Eesti_Ajutise_Valitsuse_Peavolinikud, lk 9
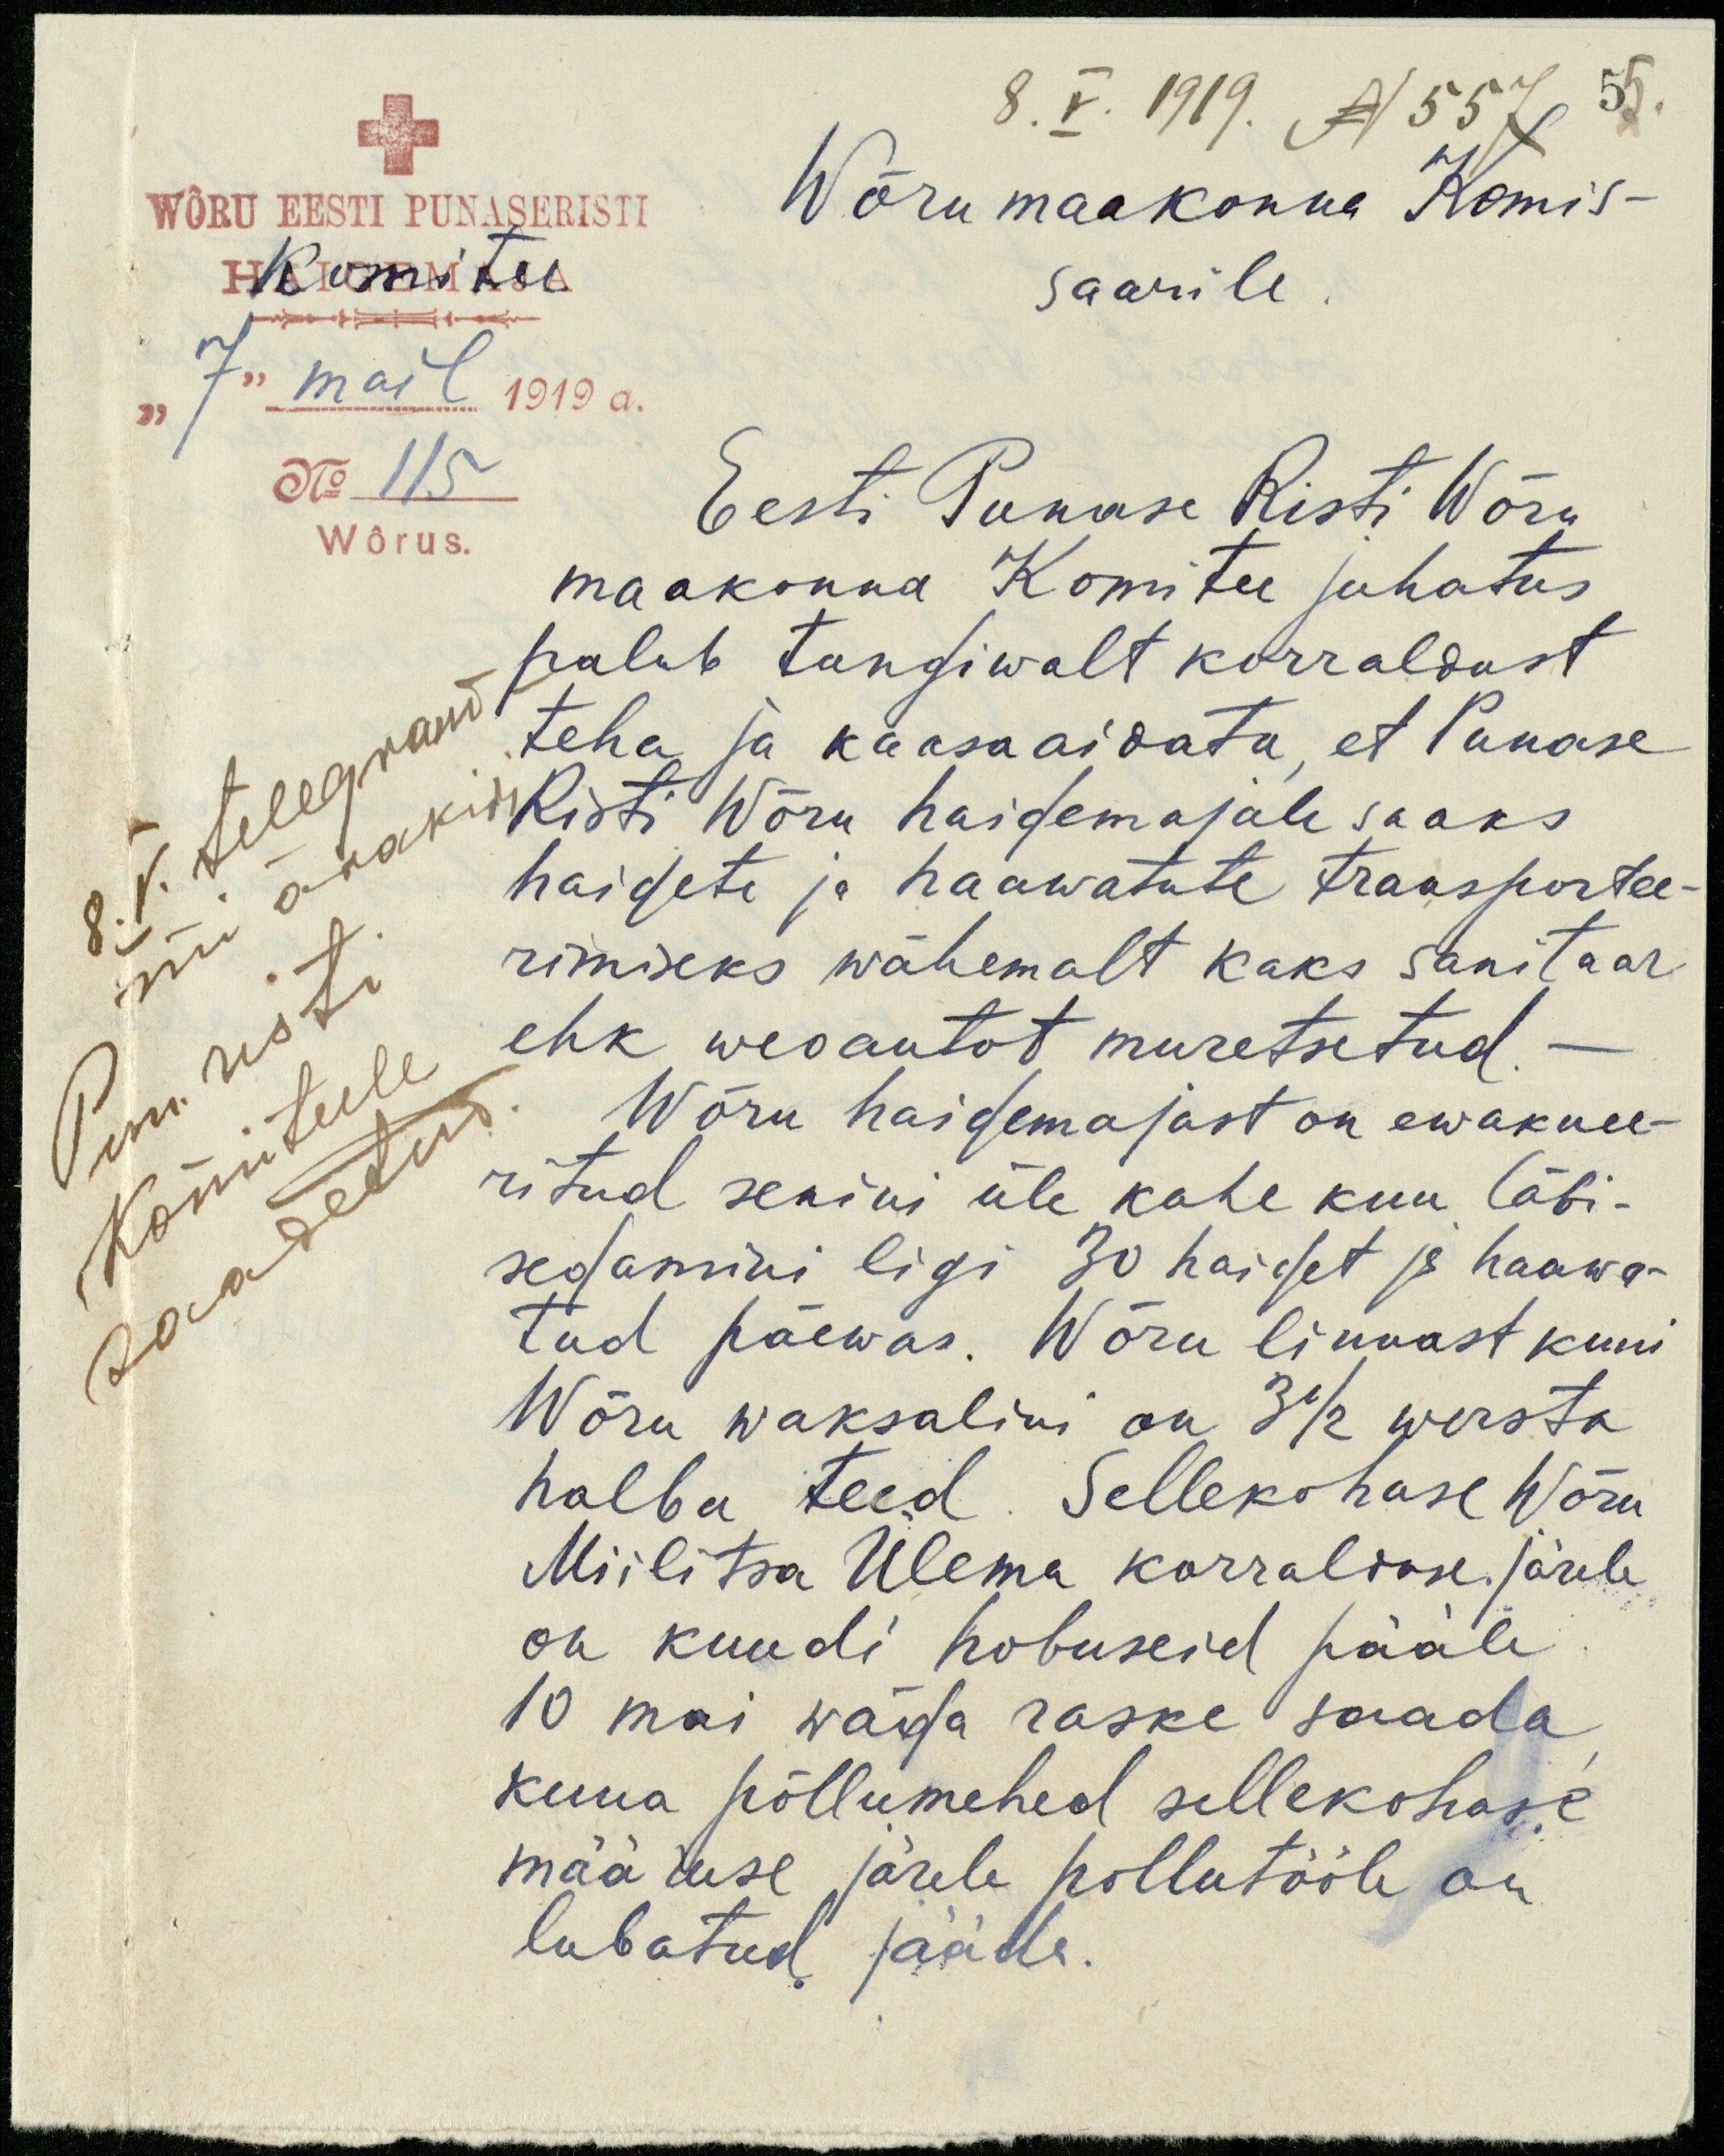
8. V. 1919. N 557 55.
WÕRU EESTI PUNASERISTI
Wõru maakonna Komis-
Komitee
saarile.
"7" mail 1919 a.
No 115
Eesti Punase Risti Wõru
Wõrus.
maakonna Komitee juhatus
palub tungiwalt korraldust
teha ja kaasa aidata, et Punase
Risti Wõru haigemajale saaks
8.V. telegram
haigete ja haawatute traasportee-
mi ärakiri
rimiseks wähemalt kaks sanitaar
ehk weoautot muretsetud
Pun. risti
Komiteele
saadetud
Wõru haigemajast on ewakuee-
ritud senini üle kahe kuu läbi-
segamini ligi 30 haiget ja haawa-
tud päewas. Wõru linnast kuni
Wõru waksalini on 3 1/2 wersta
halba teed. Sellekohase Wõru
Miilitsa Ülema korralduse järele
on kuudi hobuseid pääle
10 mai wäga raske saada
kuna põllumehed sellekohase
määruse järele põllutööle on
lubatud jääda.